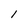
Character: l